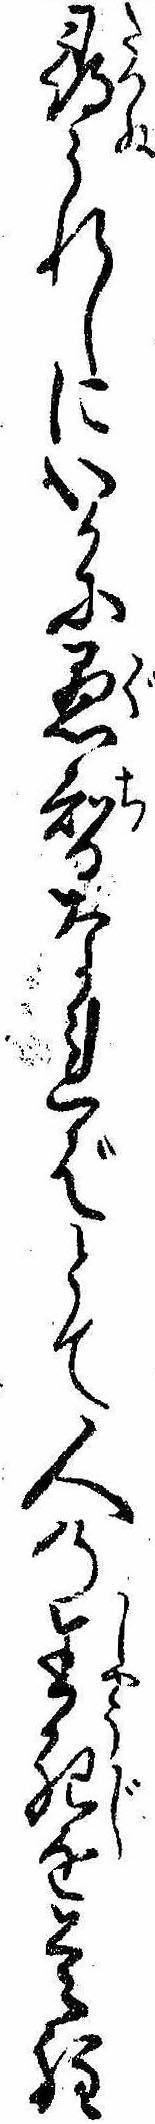
尋られしにいかに愚智なればとて人の生死を是程